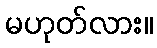
မဟုတ်လား။